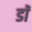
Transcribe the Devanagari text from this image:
डाॅॅ